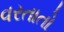
વરતાતો